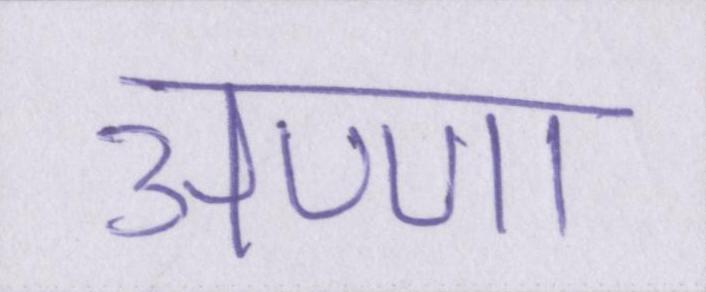
अण्णा